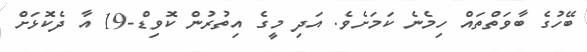
ބޭހުގެ ބާވަތްތައް ހިމެނެ ކަމަށެވެ. އަދި މީގެ އިތުރުން ކޮވިޑް-19 އާ ދެކޮޅަށް